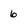
Character: 6